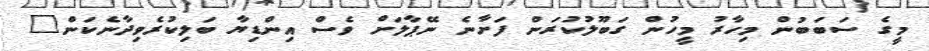
މީގެ ސަބަބުން މިހާރު މީހުން ގަބޫލުކުރަން ފަށާނެ ނޭޕާލަށް ވެސް އިންޑިޔާ ބަލިކުރެވިދާނެކަން"